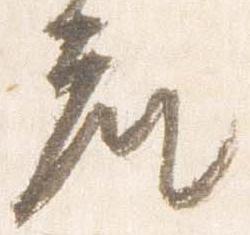
座